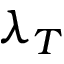
\lambda _ { T }